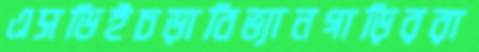
এসডিইচড়াবিভ্যানগাড়িররা